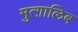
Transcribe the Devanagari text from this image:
मुत्ग़ालिब